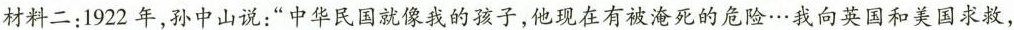
材料二：1922年，孙中山说：”中华民国就像我的孩子，他现在有被淹死的危险…我向英国和美国求救，